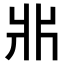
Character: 𤕰